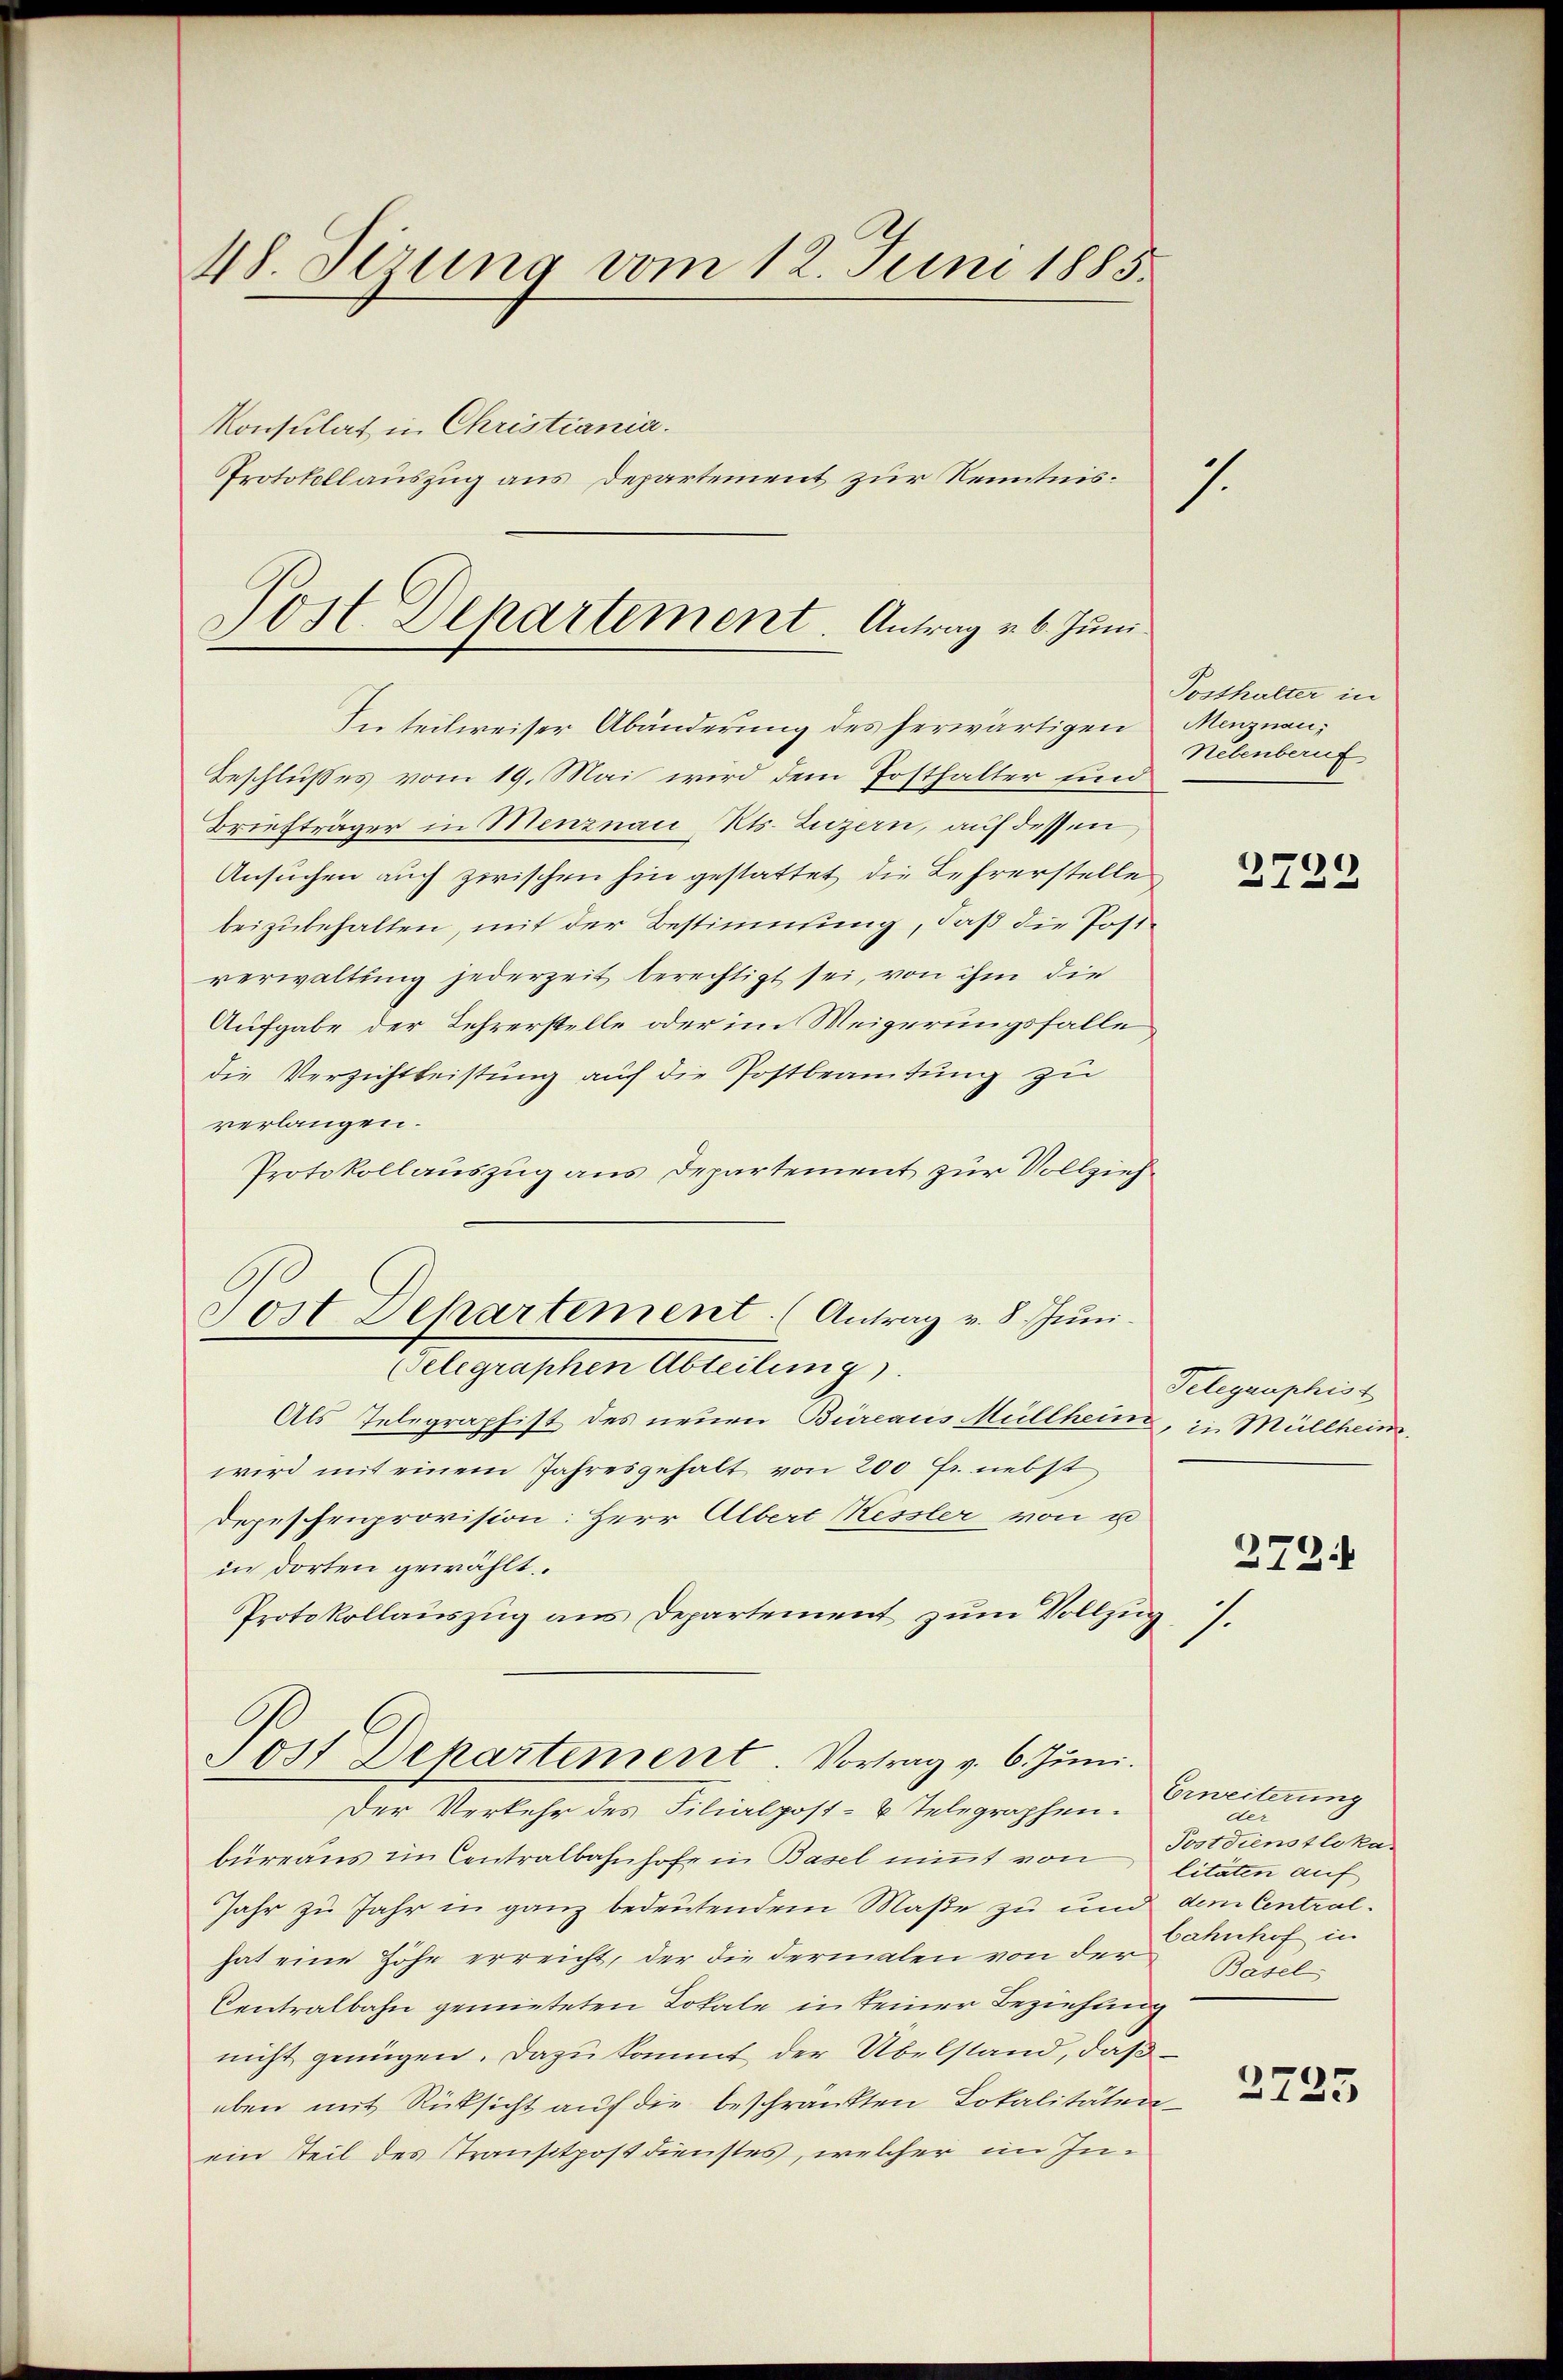
48. Jezung vom 12. Juni 1885.
Konsulat in Christiania.

Protokollauszug aus Departement zur Kenntnis:

Post Departement. Antrag u. 6. Juni.
In teilweiser Abänderung des herwärtigen Menznau¬

Beschlußes vom 19. Mai wird dem Posthalter sind
Briefträger in Menznau, Kts. Luzern, auf dessen
Ansuchen auch zwischen hin gestattet die Lehrerstelle
beizubehalten, mit der Bestimmung, daß die Postverwaltung jederzeit berechtigt sei, von ihm die
Aufgabe der Lehrerstelle oder im Weigerungsfalle
die Verzichtleistung auf die Postbeamtung zu
verlangen.
Protokollauszug aus Departement zur Vollzieh¬
Telegraphen Abteilung).
Als Telegraphist des neuen Büreaus Müllheim, in Müllheim.
wird mit einem Jahresgehalt von 200 Fr. nebst
Depeschenprovision: Herr Albert Kessler von u
in dorten gewählt.
Protokollauszug aus Departement zum Vollzug.
Tost Departement. Vortrag v. 6. Juni.
Der Verkehr des Filialpost- & Telegraphen.
büreaus im Contralbahnhofe in Basel nimmt von litäten auf
Jahr zu Jahr in ganz bedeutendem Maße zu und dem Centralhat eine Höhe erreicht, der die Fermalen von der
Centralbahn gemieteten Lokale in keiner Beziehung
nicht genügen. Dazu kommt der Übelstand, daß
eben mit Rücksicht auf die beschränkten Lokalitäten
ein Teil des Transitpostdienstes, welcher im In¬

Post Departement. (Antrag v. 8. Jŭni

1

Posthalter in
Nebenberuf

2729

Telegraphist

der

272.

Erweiterung
Postdienstloka
Bahnhof in
Basel

2735